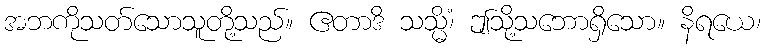
အဘကိုသတ်သောသူတို့သည်။ ဧတာဒိ သသ္မိံ၊ ဤသို့သဘောရှိသော။ နိရယေ၊